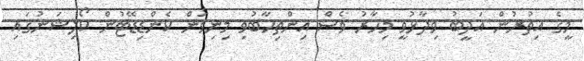
މީގެ އިތުރުން އަދީބު ވިދާޅުވީ މިހާރު ވެސް އިންތިހާބުވި މިނިވަން ކެންޑިޑޭޓުން ކޯލިޝަނުގައި